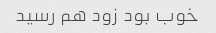
خوب بود زود هم رسید